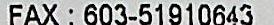
FAX: 603-51910643